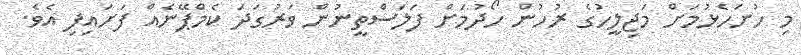
މި ހުށަހެޅުމަށް މަޖިލީހުގެ ރުހުން ހޯދުމަށް ފަލަސްތީނުން ވަރުގަދަ ކެމްޕޭނެއް ފަށައިފި އެވެ.